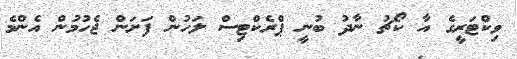
ވިކްޓަރީގެ އާ ކޯޗު ނާދު ބުނީ ޕްރެކްޓިސް ލަހުން ފަށަން ޖެހުމުން އެންމެ